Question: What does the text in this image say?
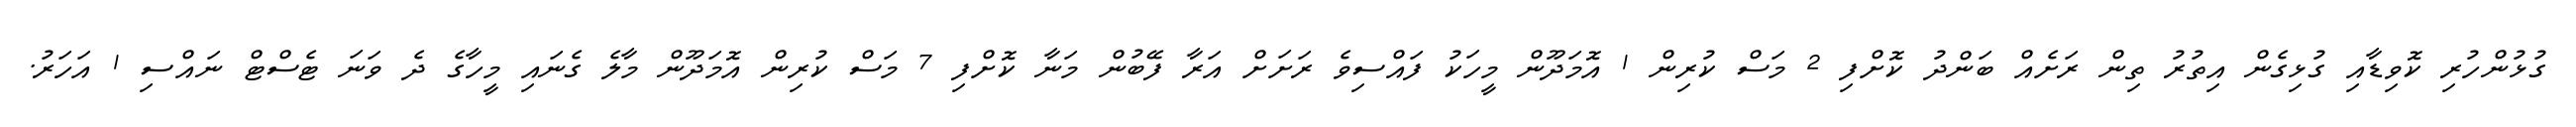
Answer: ގުޅުންހުރި ކޮވިޑާއި ގުޅިގެން އިތުރު ތިން ރަށެއް ބަންދު ކޮށްފި 2 މަސް ކުރިން 1 އޮމަދޫން މީހަކު ފައްސިވެ ރަށަށް އަރާ ފޭބުން މަނާ ކޮށްފި 7 މަސް ކުރިން އޮމަދޫން މާލެ ގެނައި މީހާގެ ދެ ވަނަ ޓެސްޓް ނައްސި 1 އަހަރު.